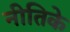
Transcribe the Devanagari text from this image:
नीतिके